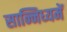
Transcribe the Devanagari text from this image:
सान्निध्‍यमें